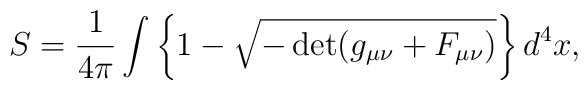
S=\frac{1}{4\pi}\int\left\{1-\sqrt{-\det(g_{\mu\nu}+F_{\mu\nu})}\right\}d^4x,